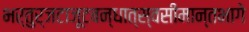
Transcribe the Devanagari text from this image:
भर्तुर्जटाजूटबन्धात्स्वसीमान्तभागे